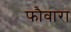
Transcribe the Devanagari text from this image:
फौवारा